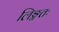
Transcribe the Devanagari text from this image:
लिङ्गतः